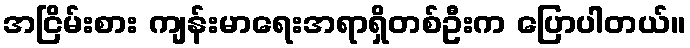
အငြိမ်းစား ကျန်းမာရေးအရာရှိတစ်ဦးက ပြောပါတယ်။